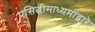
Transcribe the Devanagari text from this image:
प्रसिद्धीमाध्यमांद्वारे